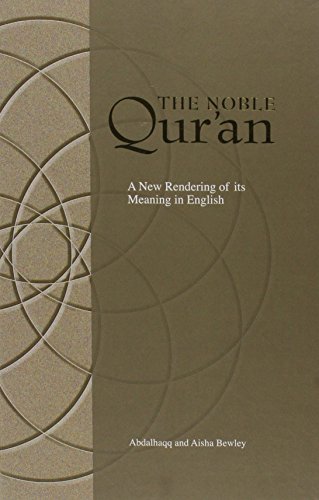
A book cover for The Noble Qur'an: A New Rendering of Its Meaning in English; Abdalhaqq Bewley; Religion & Spirituality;